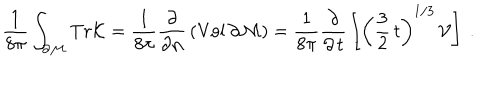
\frac { 1 } { 8 \pi } \int _ { \partial { \cal M } } T r { \cal K } = \frac { 1 } { 8 \pi } \frac { \partial } { \partial { \bf n } } \, ( \mathrm { V o l } \, \partial { \cal M } ) = \frac { 1 } { 8 \pi } \frac { \partial } { \partial \, t } \, \left[ \left( \frac { 3 } { 2 } \, t \right) ^ { 1 / 3 } \, { \cal V } \right] \ .